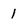
Character: 1